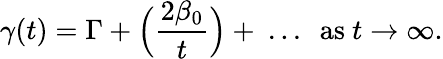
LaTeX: \gamma(t)=\Gamma+\Big({\frac{2\beta_{0}}{t}}\Big)+\ ...\ \ \mathrm{as\ }t\to\infty.